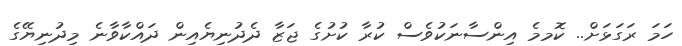
ހަމަ ރަގަޅަށް.. ކޮމމެ އިންސާނަކުވެސް ކުރާ ކުށުގެ ޖަޒާ ދެދުނިޔެއިން ދައްކާވާނެ މިދުނިޔޭގެ